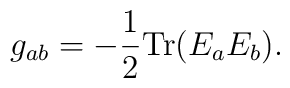
g_{ab} = - {1\over 2}{\rm Tr}(E_a E_b).